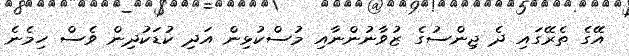
އޭގެ ތެރޭގައި ދެ ޖިންސުގެ ޒުވާނުންނާއި މުސްކުޅިން އަދި ކުޑަކުދިން ވެސް ހިމެނެ